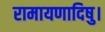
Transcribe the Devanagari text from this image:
रामायणादिषु।